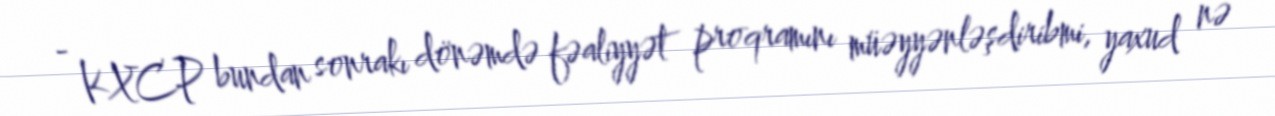
- KXCP bundan sonrakı dönəmdə fəaliyyət proqramını müəyyənləşdiribmi, yaxud nə